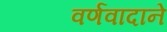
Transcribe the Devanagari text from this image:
वर्णवादाने